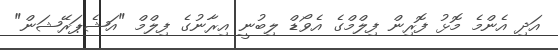
އަދި އެންމެ މޮޅު ފޮރިން ފިލްމްގެ އެވޯޑް ލިބުނީ އިރާނުގެ ފިލްމް "އަޝެޕަރޭޝަން"